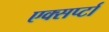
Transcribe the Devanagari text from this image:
एक्सर्प्टा